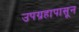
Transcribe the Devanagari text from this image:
उपग्रहापासून